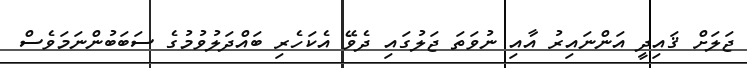
ޖަލަށް ޤައިދީ އަންނައިރު އާއި ނުވަތަ ޖަލުގައި ދެވޭ އެކަހެރި ބައްދަލުވުމުގެ ސަބަބުންނަމަވެސް